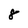
Character: 8